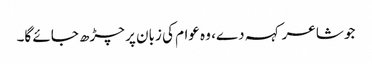
جو شاعر کہہ دے، وہ عوام کی زبان پر چڑھ جائے گا۔